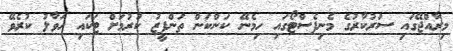
މިރާއްޖޭގައި ސަރުކާރުގެ މެނިފެސްޓޯގައި ހިމެނޭ ކަންކަން ތަންފީޒު ކުރުމަށް ޓަކައި ހަވާލު ކުރެވޭ